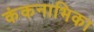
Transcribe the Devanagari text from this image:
कंकनाभिका